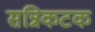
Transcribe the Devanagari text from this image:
सन्निकटक